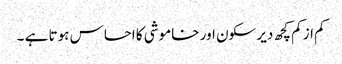
کم از کم کچھ دیر سکون اور خاموشی کا احساس ہوتا ہے ۔